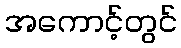
အကောင့်တွင်